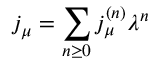
j _ { \mu } = \sum _ { n \ge 0 } j _ { \mu } ^ { ( n ) } \lambda ^ { n }